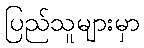
ပြည်သူများမှာ